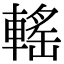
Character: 𨍳